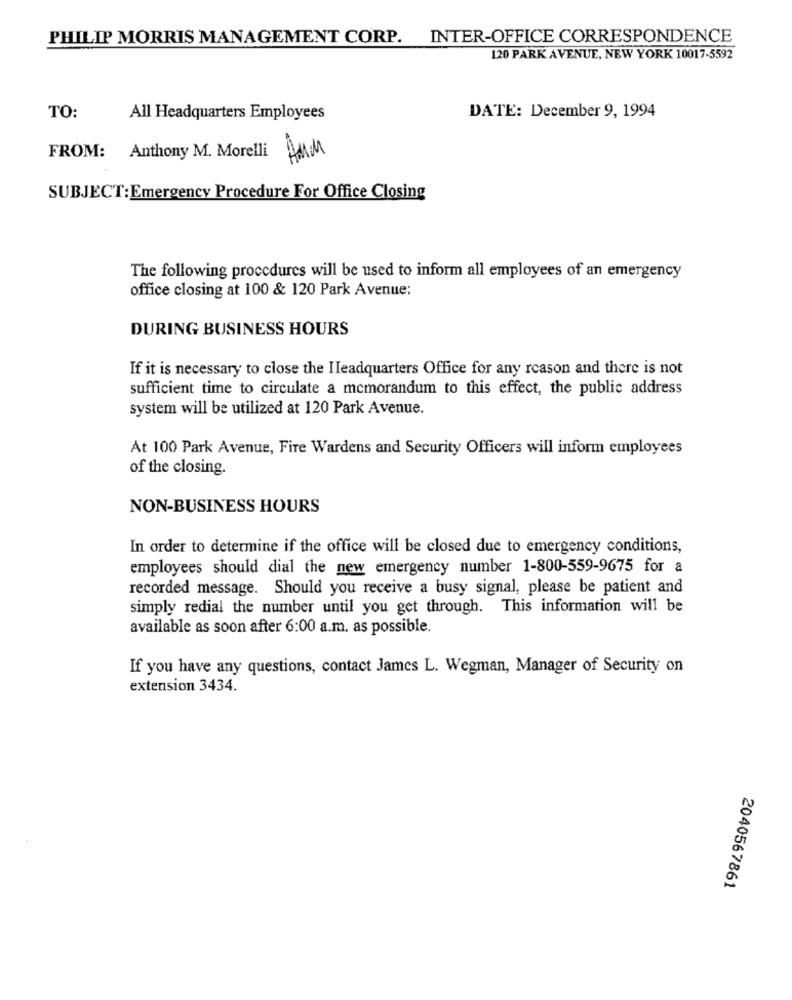
PHILIP MORRIS MANAGEMENT CORP.
INTER-OFFICE CORRESPONDENCE
120 PARK AVENUE, NEW YORK 10017-5592
DATE: December 9, 1994
TO:
All Headquarters Employees
FROM: Anthony M. Morelli
AMM
SUBJECT: Emergency Procedure For Office Closing
The following procedures will be used to inform all employees of an emergency
office closing at 100 & 120 Park Avenue:
DURING BUSINESS HOURS
If it is necessary to close the Headquarters Office for any reason and there is not
sufficient time to circulate a memorandum to this effect, the public address
system will be utilized at 120 Park Avenue.
At 100 Park Avenue, Fire Wardens and Security Officers will inform employees
of the closing.
NON-BUSINESS HOURS
In order to determine if the office will be closed due to emergency conditions,
employees should dial the new emergency number 1-800-559-9675 for a
recorded message. Should you receive a busy signal, please be patient and
simply redial the number until you get through. This information will be
available as soon after 6:00 a.m. as possible.
If you have any questions, contact James L. Wegman, Manager of Security on
extension 3434.
2040567861